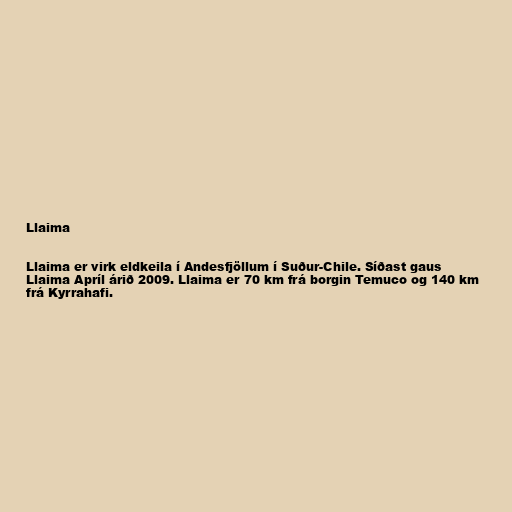
Llaima

Llaima er virk eldkeila í Andesfjöllum í Suður-Chile. Síðast gaus
Llaima Apríl árið 2009. Llaima er 70 km frá borgin Temuco og 140 km
frá Kyrrahafi.